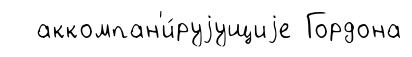
аккомпан'и́руjущиjе Гордона